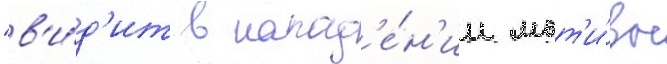
"в'и́д'ит в напад'е́н'ии мот'и́вы